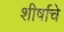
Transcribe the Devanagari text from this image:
शीर्षाचे